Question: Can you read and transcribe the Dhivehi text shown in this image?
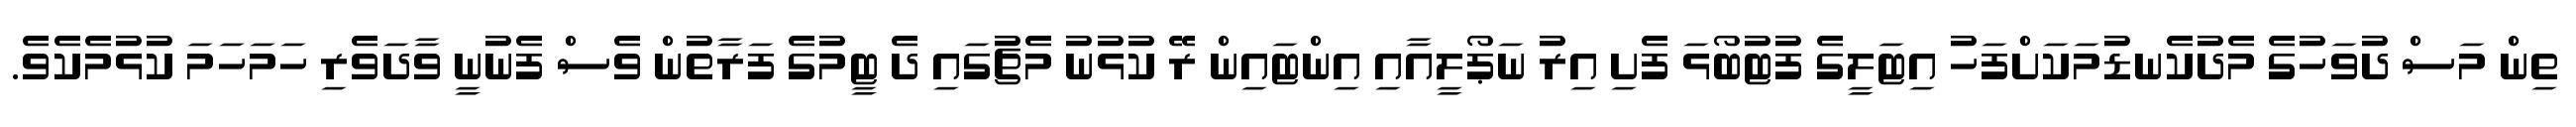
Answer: ތިން މަސް ދުވަހުގެ މެދުކެނޑުމަކަށްފަހު އިޓަލީގެ ފުޓުބޯޅަ ފެށި އިރު ނަޕޯލީއާއި އިންޓައިން ރޭ ކުޅުނު މެޗުގައި ދެ ޓީމުގެ ފަރާތުން ވެސް ފެނުނީ ވާދަވެރި ހަމަހަމަ ކުޅުމެކެވެ.